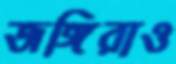
জঙ্গিরাও